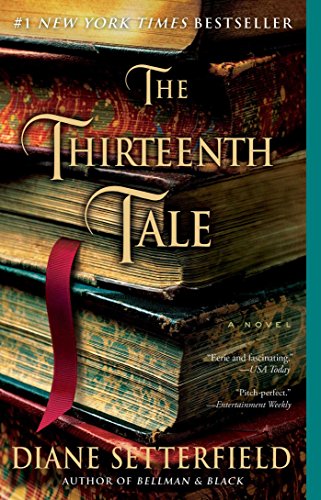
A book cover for The Thirteenth Tale: A Novel; Diane Setterfield; Literature & Fiction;